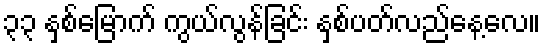
၃၃ နှစ်မြောက် ကွယ်လွန်ခြင်း နှစ်ပတ်လည်နေ့လေ။